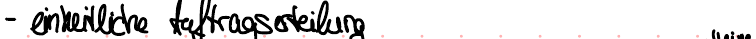
- einheitliche Auftragserteilung